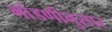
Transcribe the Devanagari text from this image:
मांडणीनुसार